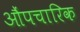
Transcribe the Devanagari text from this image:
औंपचारिक